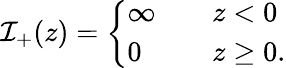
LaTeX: \mathcal{I}_{+}(z)=\left\{ \begin{array}{ll}{\infty}&{\quad z<0}\\ {0}&{\quad z\geq 0.}\end{array}\right.